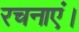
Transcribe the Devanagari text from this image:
रचनाएं।